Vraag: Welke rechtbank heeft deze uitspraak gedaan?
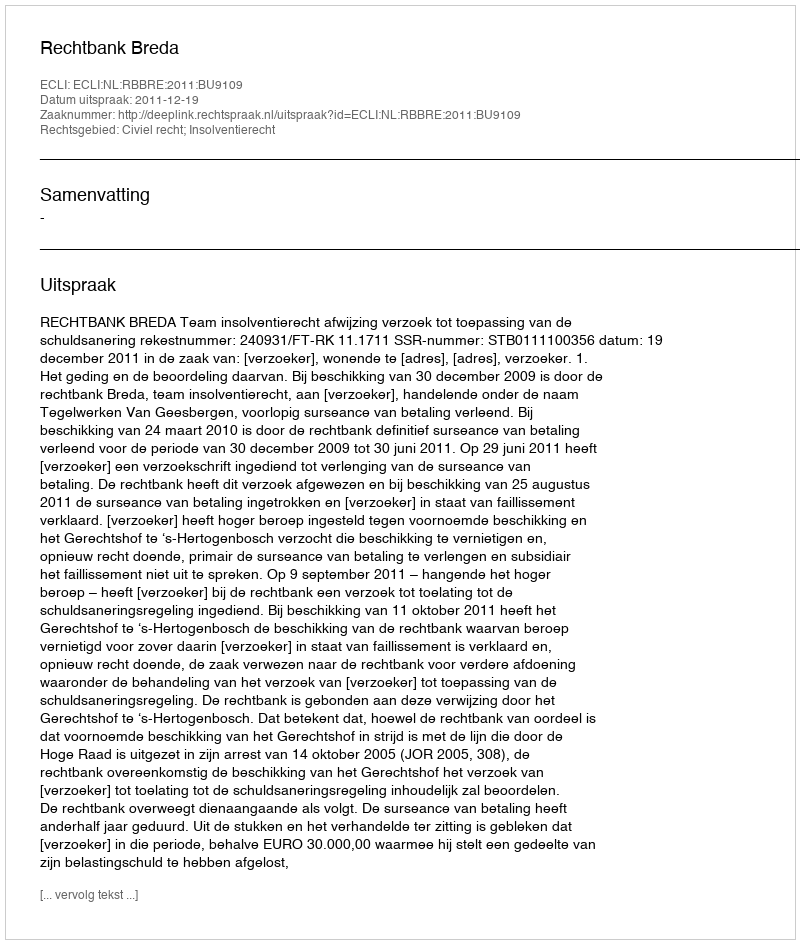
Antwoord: Rechtbank Breda